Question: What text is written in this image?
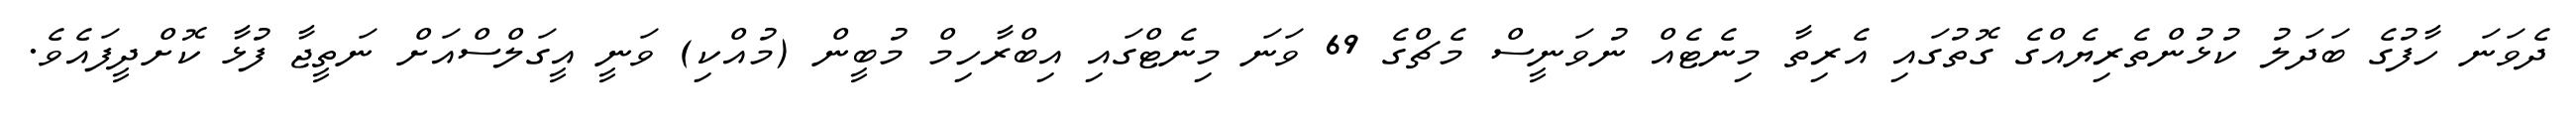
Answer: ދެވަނަ ހާފުގެ ބަދަލު ކުޅުންތެރިޔެއްގެ ގޮތުގައި އެރިތާ މިނެޓެއް ނުވަނީސް މެޗްގެ 69 ވަނަ މިނެޓްގައި އިބްރާހިމް މުބީން (މުއްކި) ވަނީ އީގަލްސްއަށް ނަތީޖާ ފުޅާ ކޮށްދީފައެވެ.